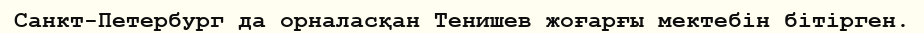
Санкт-Петербург да орналасқан Тенишев жоғарғы мектебін бітірген.